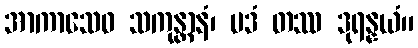
အာကာသေဝ သကုန္တာနံ၊ ပဒံ တဿ ဒုရန္နယံ။